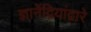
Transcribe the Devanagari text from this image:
ज्ञानेंद्रियांद्वारे